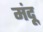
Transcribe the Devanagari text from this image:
मंदू